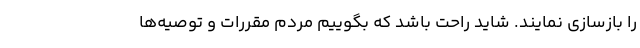
را بازسازی نمایند. شاید راحت باشد که بگوییم مردم مقررات و توصیه‌ها